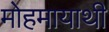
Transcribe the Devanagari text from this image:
मोहमायाथी